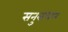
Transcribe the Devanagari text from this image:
सनुसंधान